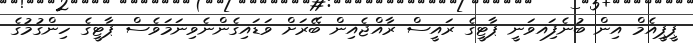
ޕީޕީއެމް އިން ބުނެފަިއވަނީ ޕާޓީގެ ރައީސް ރާއްޖެއިން ބޭރަށް ވަޑައިގެންނެވިނަމަވެސް ޕާޓީގެ ހިންގުމުގެ